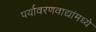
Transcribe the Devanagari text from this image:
पर्यावरणवाद्यांमध्ये